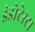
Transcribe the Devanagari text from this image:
इंडोटेस्टा